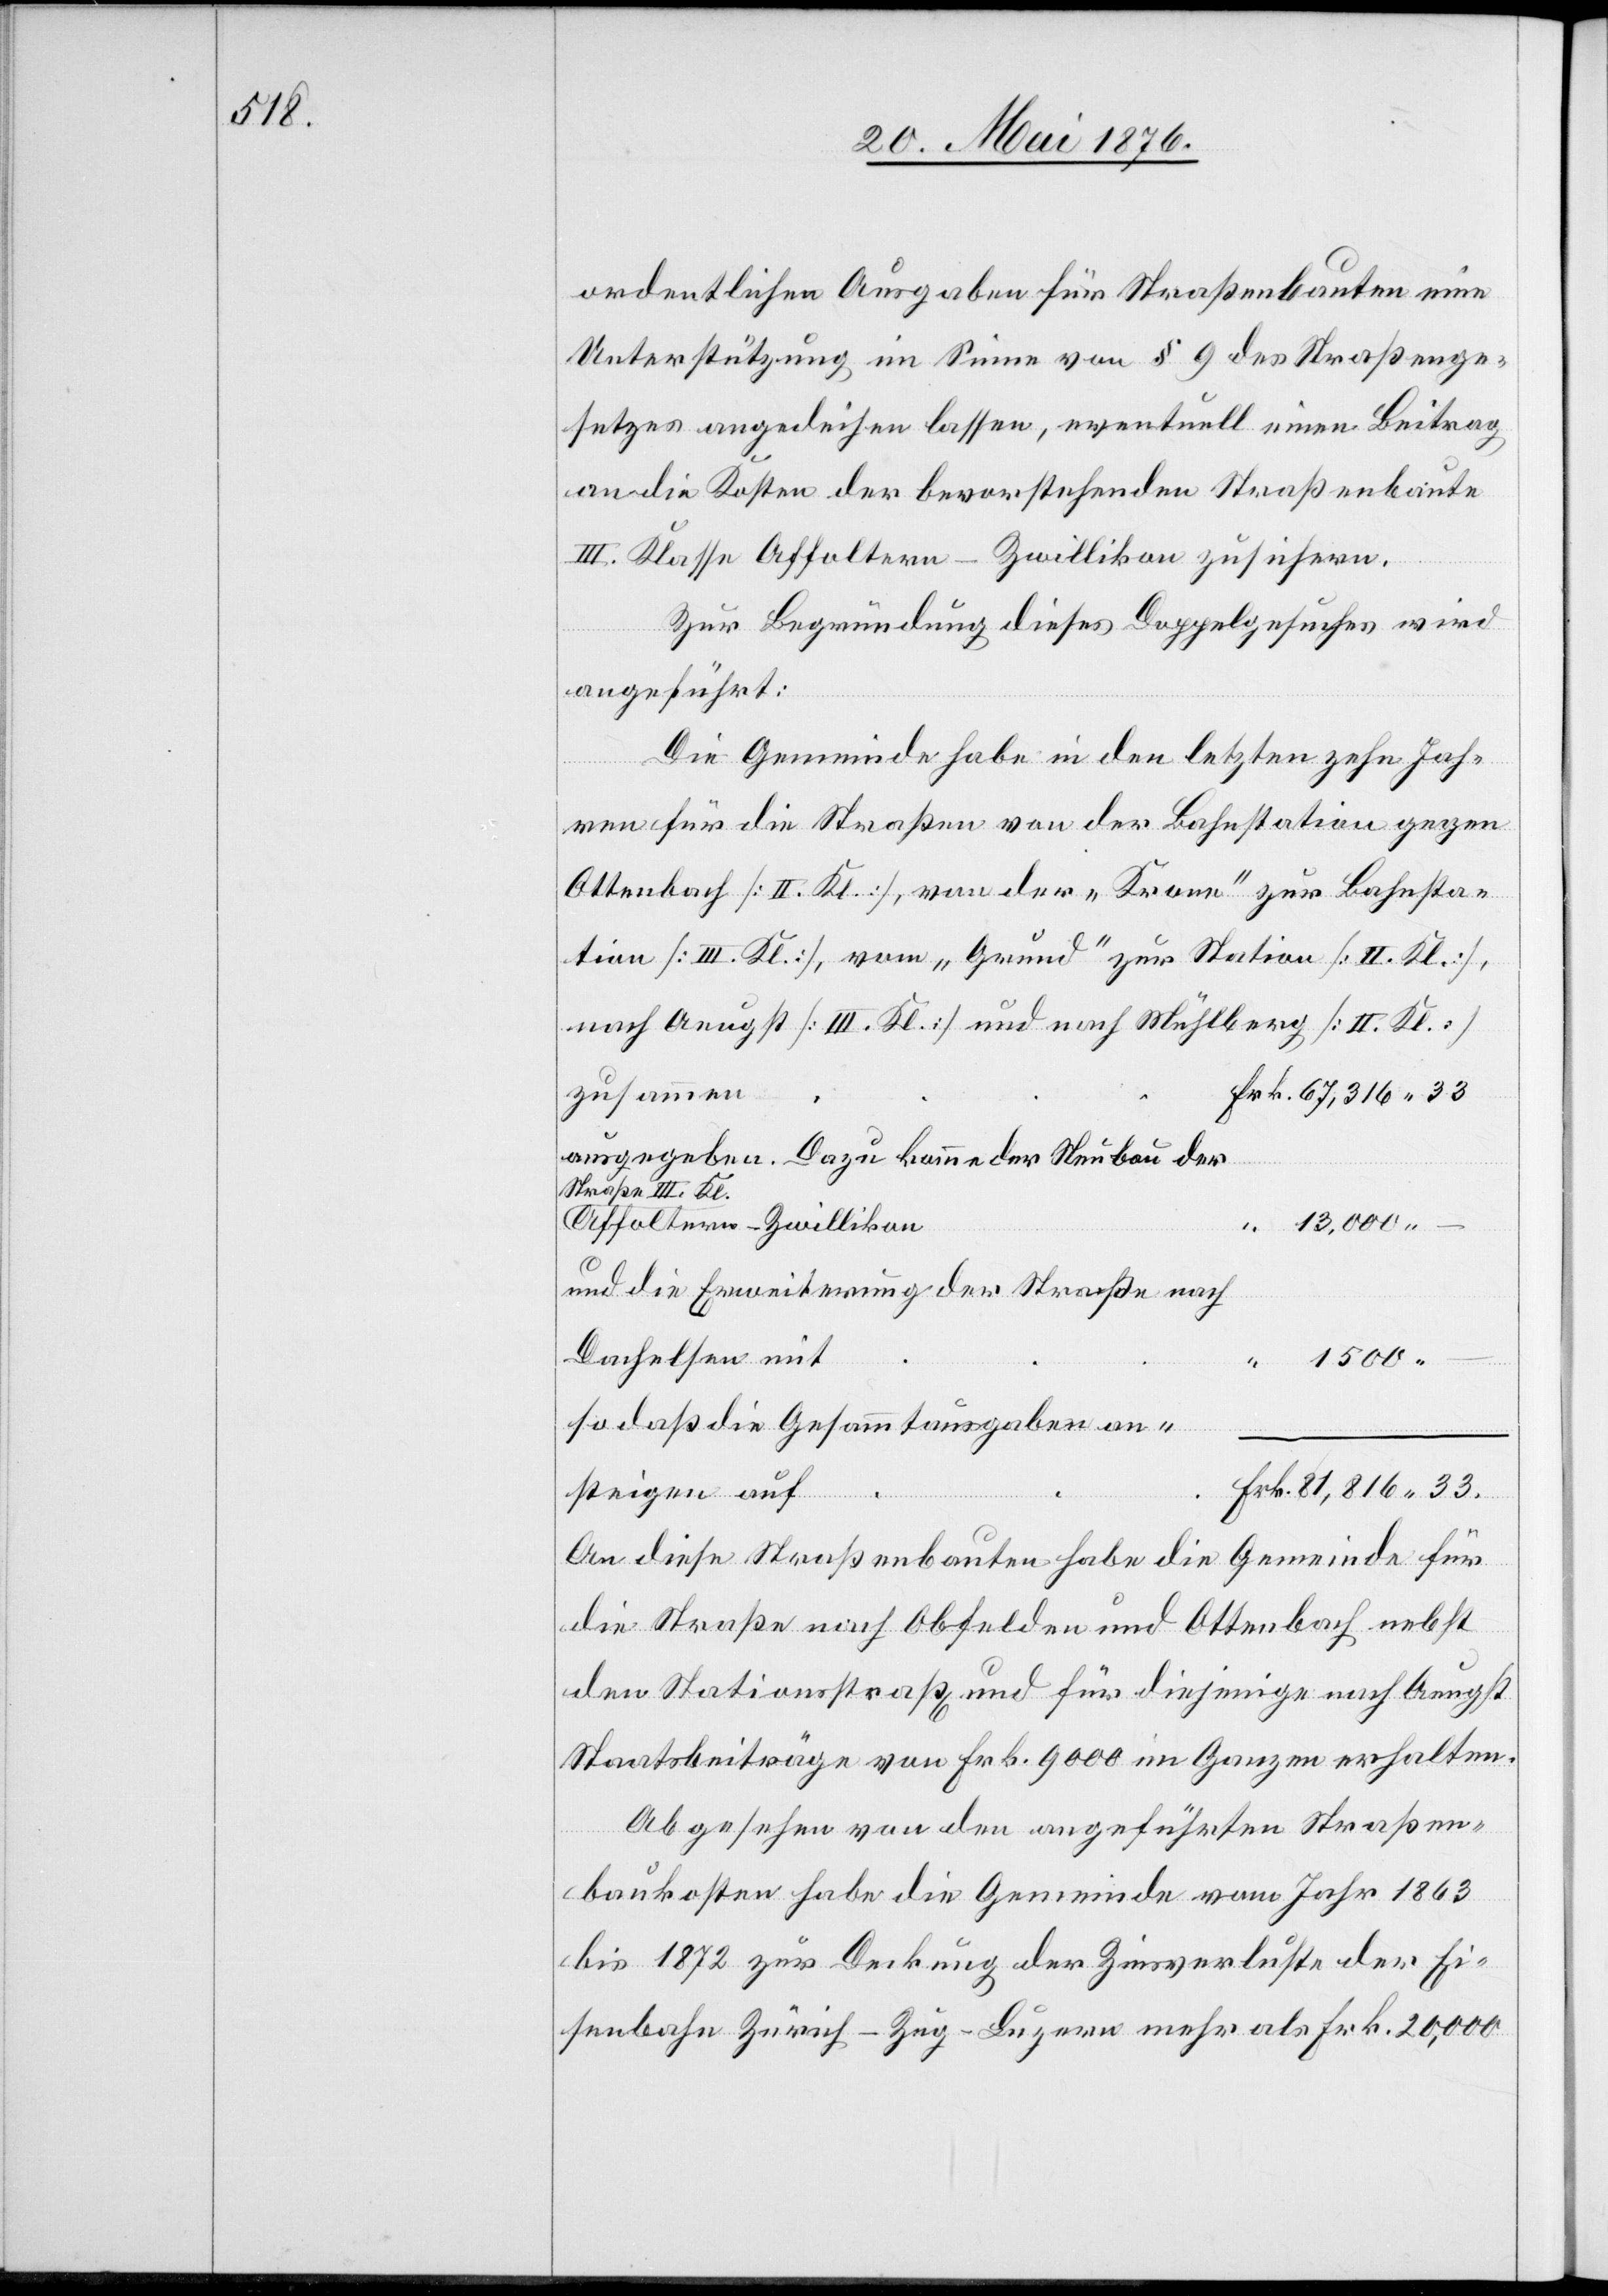
Frk.

ordentliche Ausgaben für Straßenbauten eine
Unterstützung im Sinne von § 9 des Straßenge¬
setzes angedeihen lassen, eventuell einen Beitrag
an die Kosten der bevorstehenden Straßenbaute
II. Klasse Affoltern–Zwillikon zusichern.
Zur Begründung dieses Doppelbeschlusses wird
angeführt:
Die Gemeinde habe in den letzten zehn Jah¬
ren die Straßen von der Bahnstation gegen
Ottenbach [II. Kl.], von der „Krone“ zur Bahnsta¬
tion [III. Kl.], vom „Grund“ zur Station [II. Kl.],
nach Aeugst [III. Kl.] und nach Mühlberg [II. Kl.]
zusammen
ausgegeben. Dazu komme der Neubau der
Straße II. Kl.
Affoltern Zwillikon
“
13,000 –
und die Erweiterung der Straße nach
Dachelsen mit
“
1500 –
so daß die Gesammtausgaben an¬
steigen auf
An diese Straßenbauten habe die Gemeinde für
die Straße nach Obfelden und Ottenbach nebst
den Stationsstraß und für diejenige nach Aeugst
Stationsbeiträge von Frk. 9000 im Ganzen erhalten.
Abgesehen von den angeführten Straßen¬
baukosten habe die Gemeinde vom Jahr 1863
bis 1872 zur Deckung der Zinsverluste der Ei¬
senbahn Zürich–Zug–Luzern mehr als Frk. 20,000